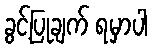
ခွင့်ပြုချက် ရမှာပါ